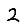
Digit: 2